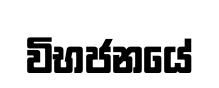
විභජනයේ